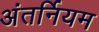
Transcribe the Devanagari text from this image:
अंतर्नियम